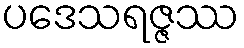
ပဒေသရဇ္ဇဿ